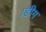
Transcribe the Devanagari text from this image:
।डीग